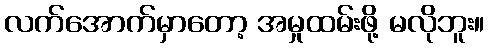
လက်အောက်မှာတော့ အမှုထမ်းဖို့ မလိုဘူး။